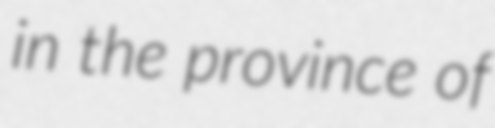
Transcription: in the province of